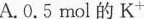
A.0.5mol的K^{+}